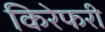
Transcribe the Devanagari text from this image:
किरेफरी